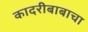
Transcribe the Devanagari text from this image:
कादरीबाबाचा